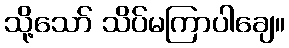
သို့သော် သိပ်မကြာပါချေ။